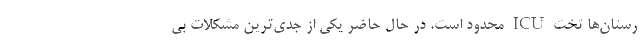
رستان‌ها تخت ICU محدود است. در حال حاضر یکی از جدی‌ترین مشکلات بی